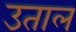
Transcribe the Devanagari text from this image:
उताल